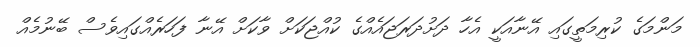
މަންމަގެ ކުރިމަތީގައި އޭނާއަކީ އެހާ ދަށުދަރަޖައެއްގެ ކުއްޖަކަށް ވާކަށް އޭނާ ފަހަރެއްގައިވެސް ބޭނުމެއް